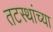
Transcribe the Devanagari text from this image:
तटस्थांच्या